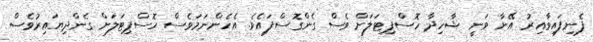
ފެނިފައިވާއިރު އޭނާ ވަނީ ޝާހިދާ ހޮސްޕިޓަލަށް ވެސް ގެންގޮސްފައެވެ. އެހެންނަމަވެސް ހޮސްޕިޓަލަށް ގެންދިޔައިރުވެސް